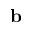
\mathbf { b }